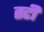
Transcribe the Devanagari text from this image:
तटी